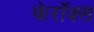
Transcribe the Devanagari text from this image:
फेरॉक्स